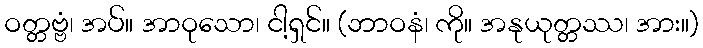
ဝတ္တဗ္ဗံ၊ အပ်။ အာဝုသော၊ ငါ့ရှင်။ (ဘာဝနံ၊ ကို။ အနုယုတ္တဿ၊ အား။)